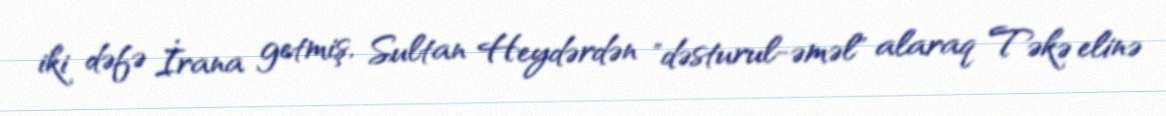
iki dəfə İrana getmiş, Sultan Heydərdən "dəsturul-əməl" alaraq Təkə elinə